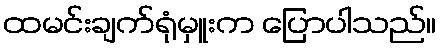
ထမင်းချက်ရုံမှူးက ပြောပါသည်။